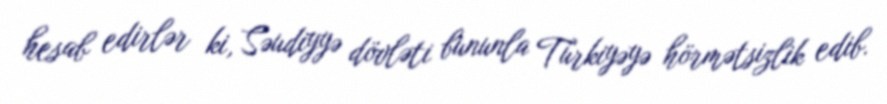
hesab edirlər ki, Səudiyyə dövləti bununla Türkiyəyə hörmətsizlik edib.